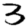
Digit: 3